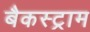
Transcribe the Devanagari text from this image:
बैकस्ट्राम